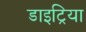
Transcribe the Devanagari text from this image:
डाइट्रिया